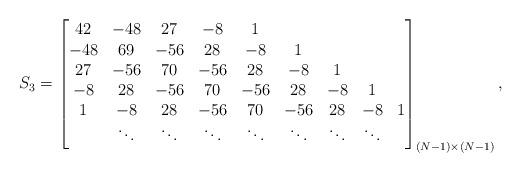
LaTeX: \begin{align*} S_3 = \begin{bmatrix} 42 & -48 & 27 & -8 & 1 \\ -48 & 69 & -56 & 28 & -8 & 1 \\ 27 & -56 & 70 & -56 & 28 & -8 & 1 \\ -8 & 28 & -56 & 70 & -56 & 28 & -8 & 1 \\ 1 & -8 & 28 & -56 & 70 & -56 & 28 & -8 & 1 \\ & \ddots & \ddots & \ddots & \ddots & \ddots & \ddots & \ddots \\ \end{bmatrix}_{(N-1)\times (N-1)},\end{align*}